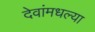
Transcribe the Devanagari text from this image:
देवांमधल्या